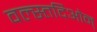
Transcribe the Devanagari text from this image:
वल्स्तदिओन्